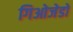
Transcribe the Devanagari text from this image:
गिओजेडो